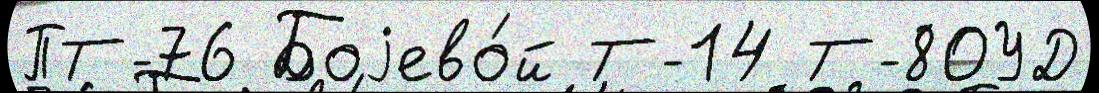
ПТ-76 Боjево́й Т-14 Т-80УД